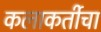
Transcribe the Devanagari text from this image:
कलाकर्तीचा